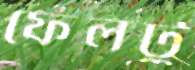
ফেলটু